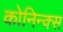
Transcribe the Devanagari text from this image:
कोनिन्क्स